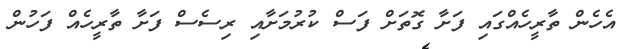
އެހެން ތާރީހެއްގައި ފަށާ ގޮތަށް ފަސް ކުރުމަށާއި ރިސެސް ފަށާ ތާރީހެއް ފަހުން